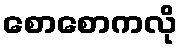
စောစောကလို